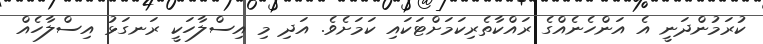
ކުރަމުންދަނީ އެ އަންހެނެއްގެ ރައްކާތެރިކަމަށްޓަކައި ކަމަށެވެ. އަދި މި އިސްލާހަކީ ރަނގަޅު އިސްލާހެއް